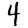
Digit: 4